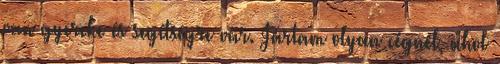
van gyereke és segítségre vár. Jártam olyan cégnél, ahol